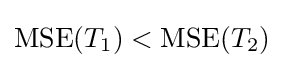
\operatorname {MSE} (T_{1})<\operatorname {MSE} (T_{2})